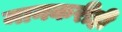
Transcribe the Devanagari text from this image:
मानकरीही